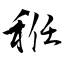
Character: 秹